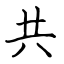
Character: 共